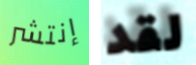
إنتشر لقد